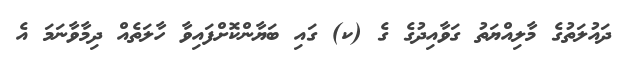
ދައުލަތުގެ މާލިއްޔަތު ގަވާއިދުގެ ގެ (ކ) ގައި ބަޔާންކޮށްފައިވާ ހާލަތެއް ދިމާވާނަމަ އެ